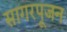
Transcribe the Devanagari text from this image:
सागरपूजन